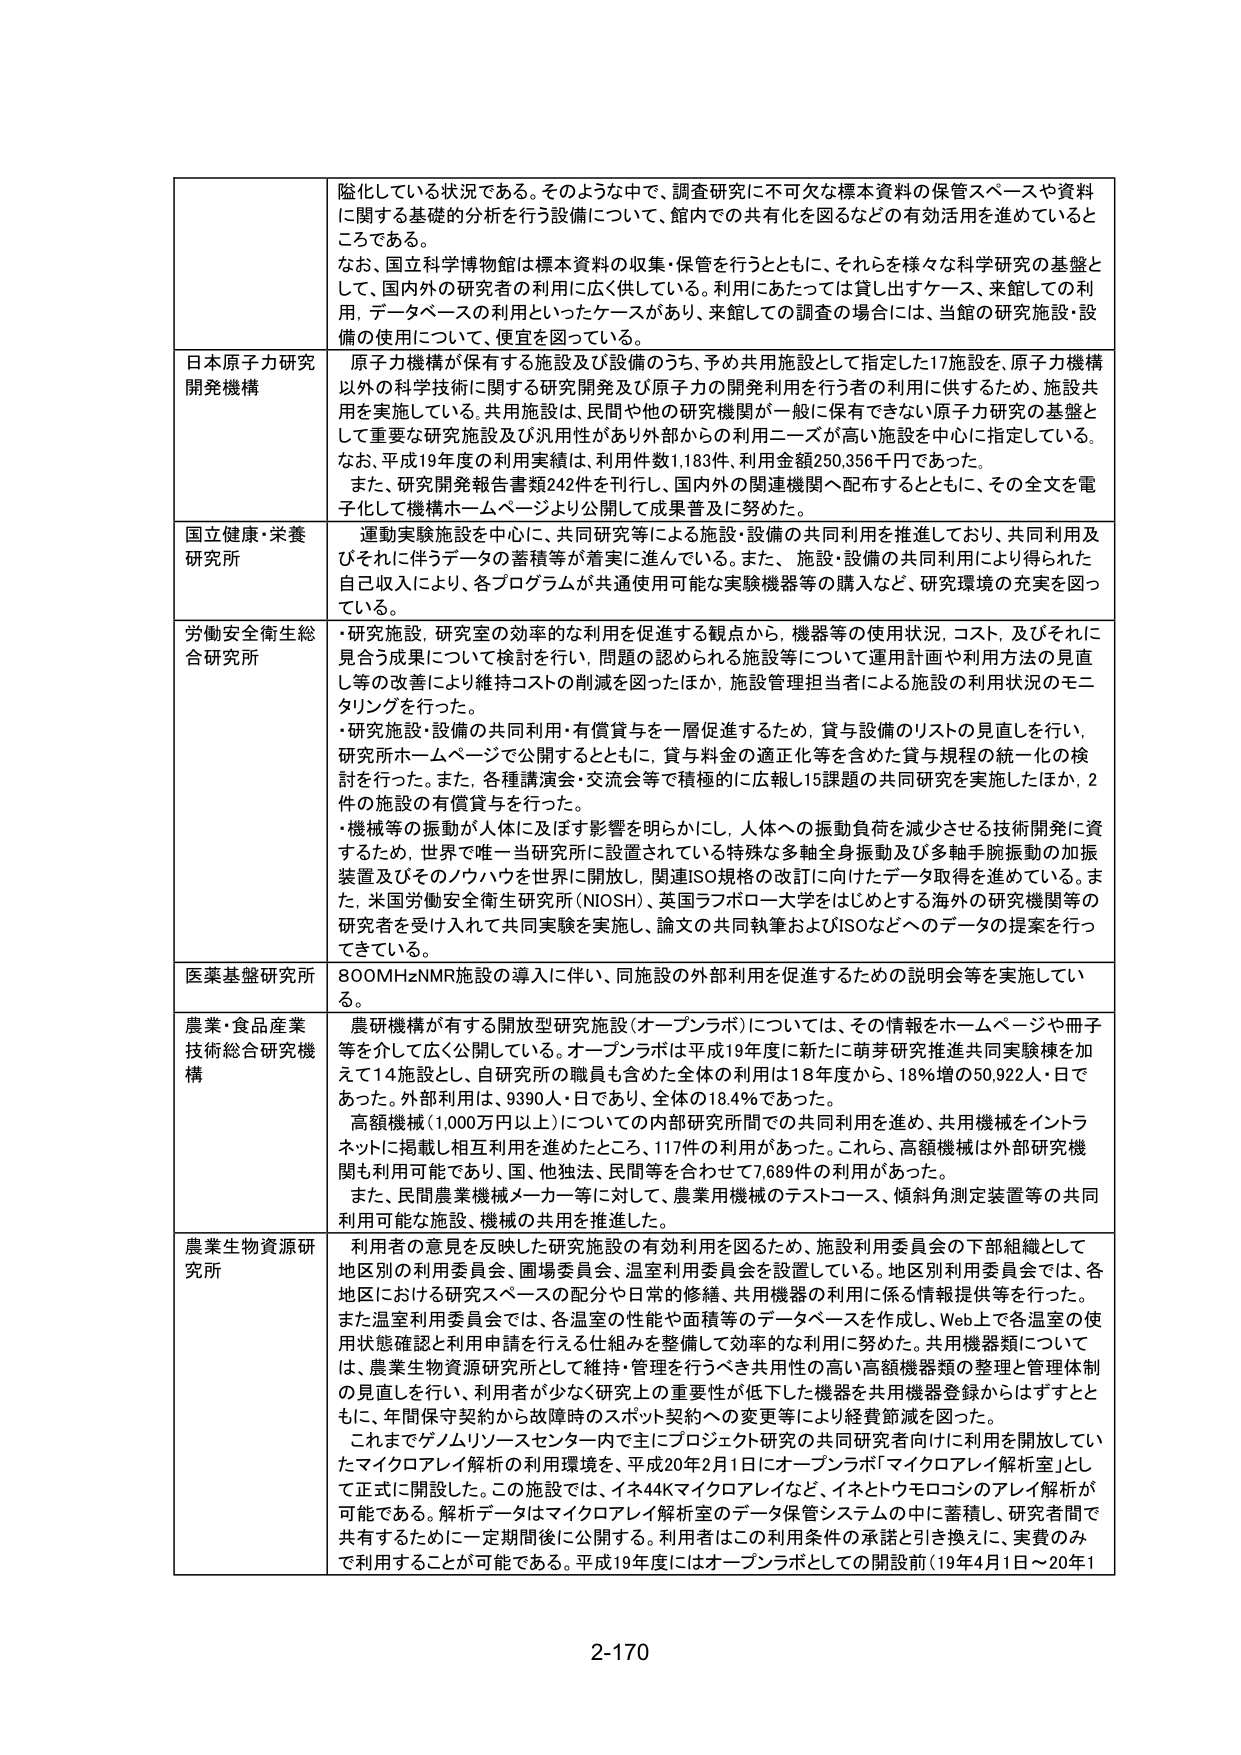
隠化している状況である。そのような中で、調査研究に不可欠な標本資料の保管スペースや資料
に関する基礎的分析を行う設備について、館内での共有化を図るなどの有効活用を進めていると
ころである。
なお、国立科学博物館は標本資料の収集・保管を行うとともに、それらを様々な科学研究の基盤と
して、国内外の研究者の利用に広く供している。利用にあたっては貸し出すケース、来館しての利
用、データベースの利用といったケースがあり、来館しての調査の場合には、当館の研究施設・設
備の使用について、便宜を図っている。

日本原子力研究
開発機構
原子力機構が保有する施設及び設備のうち、予め共用施設として指定した17施設を、原子力機構
以外の科学技術に関する研究開発及び原子力の開発利用を行う者の利用に供するため、施設共
用を実施している。共用施設は、民間や他の研究機関が一般に保有できない原子力研究の基盤と
して重要な研究施設及び汎用性があり外部からの利用ニーズが高い施設を中心に指定している。
なお、平成19年度の利用実績は、利用件数1,183件、利用金額250,356千円であった。
また、研究開発報告書類242件を刊行し、国内外の関連機関へ配布するとともに、その全文を電
子化して機構ホームページより公開して成果普及に努めた。

国立健康・栄養
研究所
運動実験施設を中心に、共同研究等による施設・設備の共同利用を推進しており、共同利用及
びそれに伴うデータの蓄積等が着実に進んでいる。また、施設・設備の共同利用により得られた
自己収入により、各プログラムが共通使用可能な実験機器等の購入など、研究環境の充実を図っ
ている。

労働安全衛生総
合研究所
・研究施設、研究室の効率的な利用を促進する観点から、機器等の使用状況、コスト、及びそれに
見合う成果について検討を行い、問題の認められる施設等について運用計画や利用方法の見直
し等の改善により維持コストの削減を図ったほか、施設管理担当者による施設の利用状況のモニ
タリングを行った。
・研究施設・設備の共同利用・有償貸与を一層促進するため、貸与設備のリストの見直しを行い、
研究所ホームページで公開するとともに、貸与料金の適正化等を含めた貸与規程の統一化の検
討を行った。また、各種講演会・交流会等で積極的に広報し15課題の共同研究を実施したほか、2
件の施設の有償貸与を行った。
・機械等の振動が人体に及ぼす影響を明らかにし、人体への振動負荷を減少させる技術開発に資
するため、世界で唯一当研究所に設置されている特殊な多軸全身振動及び多軸手腕振動の加振
装置及びそのノウハウを世界に開放し、関連ISO規格の改訂に向けたデータ取得を進めている。ま
た、米国労働安全衛生研究所（NIOSH）、英国ラフボロー大学をはじめとする海外の研究機関等の
研究者を受け入れて共同実験を実施し、論文の共同執筆およびISOなどへのデータの提案を行っ
てきている。

医薬基盤研究所
800MHz NMR施設の導入に伴い、同施設の外部利用を促進するための説明会等を実施してい
る。

農業・食品産業
技術総合研究機
構
農研機構が有する開放型研究施設（オープンラボ）については、その情報をホームページや冊子
等を介して広く公開している。オープンラボは平成19年度に新たに萌芽研究推進共同実験棟を加
えて14施設とし、自研究所の職員も含めた全体の利用は18年度から、18％増の50,922人・日で
あった。外部利用は、9390人・日であり、全体の18.4％であった。
高額機械（1,000万円以上）についての内部研究所間での共同利用を進め、共用機械をイントラ
ネットに掲載し相互利用を進めたところ、117件の利用があった。これら、高額機械は外部研究機
関も利用可能であり、国、他独法、民間等を合わせて7,689件の利用があった。
また、民間農業機械メーカー等に対して、農業用機械のテストコース、傾斜角測定装置等の共同
利用可能な施設、機械の共用を推進した。

農業生物資源研
究所
利用者の意見を反映した研究施設の有効利用を図るため、施設利用委員会の下部組織として
地区別の利用委員会、圃場委員会、温室利用委員会を設置している。地区別利用委員会では、各
地区における研究スペースの配分や日常的修繕、共用機器の利用に係る情報提供等を行った。
また温室利用委員会では、各温室の性能や面積等のデータベースを作成し、Web上で各温室の使
用状態確認と利用申請を行うえ仕組みを整備して効率的な利用に努めた。共用機器類について
は、農業生物資源研究所として維持・管理を行うべき共用性の高い高額機器類の整理と管理体制
の見直しを行い、利用者が少なく研究上の重要性が低下した機器を共用機器登録からはずすとと
もに、年間保守契約から故障時のスポット契約への変更等により経費節減を図った。
これまでゲノムリソースセンター内で主にプロジェクト研究の共同研究者向けに利用開放してい
たマイクロアレイ解析の利用環境は、平成20年2月1日にオープンラボ「マイクロアレイ解析室」とし
て正式に開設した。この施設では、イネ44Kマイクロアレイなど、イネとトウモロコシのアレイ解析が
可能である。解析データはマイクロアレイ解析室のデータ保管システムの中に蓄積し、研究者間で
共有するために一定期間後に公開する。利用者はこの利用条件の承諾と引き換えに、実費のみ
で利用することが可能である。平成19年度にはオープンラボとしての開設前（19年4月1日～20年1

2-170